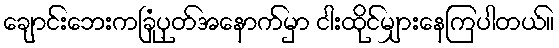
ချောင်းဘေးကခြုံပုတ်အနောက်မှာ ငါးထိုင်မျှားနေကြပါတယ်။